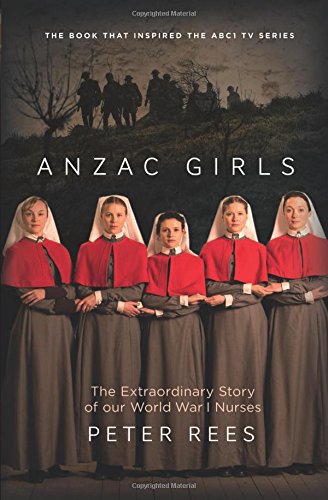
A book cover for Anzac Girls: The Extraordinary Story of Our World War I Nurses; Peter Rees; History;